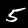
Digit: 5